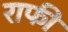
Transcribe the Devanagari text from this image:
राफी